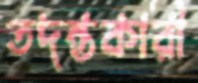
তদন্তকারী